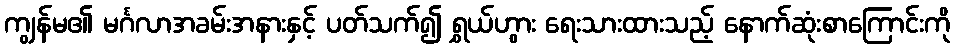
ကျွန်မ၏ မင်္ဂလာအခမ်းအနားနှင့် ပတ်သက်၍ ရွှယ်ဟွား ရေးသားထားသည့် နောက်ဆုံးစာကြောင်းကို